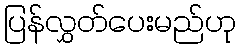
ပြန်လွှတ်ပေးမည်ဟု